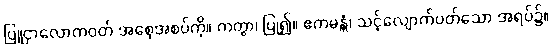
ပြူငှာလောကဝတ် အစေ့အစပ်ကို။ ကတွာ၊ ပြု၍။ ဧကမန္တံ၊ သင့်လျောက်ပတ်သော အရပ်၌။